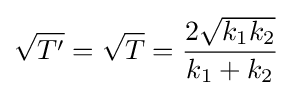
{\sqrt {T'}}={\sqrt {T}}={\frac {2{\sqrt {k_{1}k_{2}}}}{k_{1}+k_{2}}}